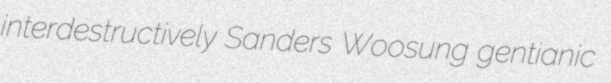
interdestructively Sanders Woosung gentianic